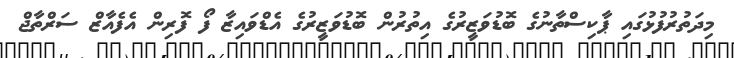
މިދަތުރުފުޅުގައި ޕާކިސްތާނުގެ ބޮޑުވަޒީރުގެ އިތުރުން ބޮޑުވަޒީރުގެ އެޑްވައިޒާ ފޯ ފޮރިން އެފެއާޒް ސަރްތާޖް